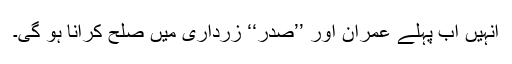
انہیں اب پہلے عمران اور ’’صدر‘‘ زرداری میں صلح کرانا ہو گی۔